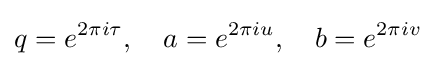
\displaystyle q=e^{2\pi i\tau },\quad a=e^{2\pi iu},\quad b=e^{2\pi iv}